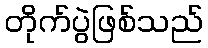
တိုက်ပွဲဖြစ်သည်